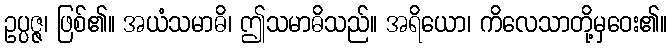
ဥပ္ပဇ္ဇ၊ ဖြစ်၏။ အယံသမာဓိ၊ ဤသမာဓိသည်။ အရိယော၊ ကိလေသာတို့မှဝေး၏။